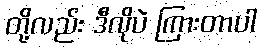
တို့လည်း ဒီလိုပဲ ကြားတာပါ